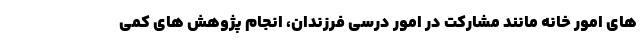
های امور خانه مانند مشارکت در امور درسی فرزندان، انجام پژوهش های کمی